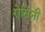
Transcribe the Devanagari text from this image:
रोसिनी